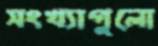
সংখ্যাগুলো